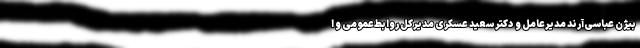
بیژن عباسی‌آرند مدیرعامل و دکتر سعید عسکری مدیرکل روابط‌عمومی و ا